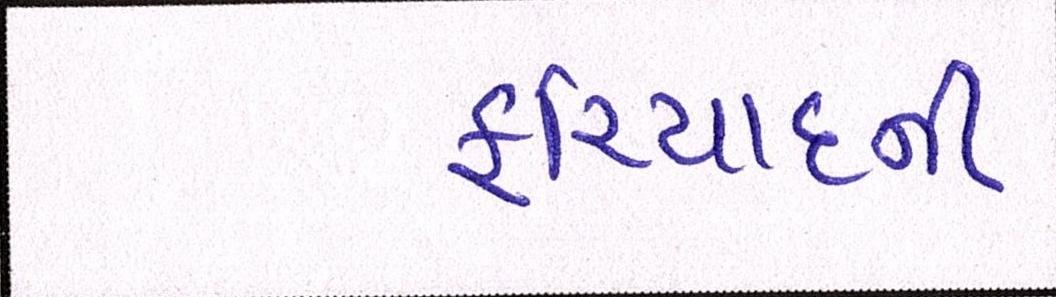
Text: ફરિયાદની